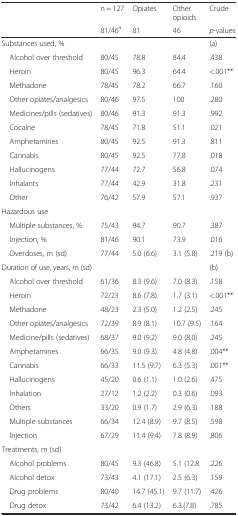
<table><thead><tr><td></td><td><b>n = 127</b></td><td><b>Opiates</b></td><td><b>Other opioids</b></td><td><b>Crude</b></td></tr><tr><td></td><td><b>81/46<sup>a</sup></b></td><td><b>81</b></td><td><b>46</b></td><td><b><i>p</i>-values</b></td></tr></thead><tbody><tr><td>Substances used, %</td><td></td><td></td><td></td><td>(a)</td></tr><tr><td> Alcohol over threshold</td><td>80/45</td><td>78.8</td><td>84.4</td><td>.438</td></tr><tr><td> Heroin</td><td>80/45</td><td>96.3</td><td>64.4</td><td>&lt;.001**</td></tr><tr><td> Methadone</td><td>78/45</td><td>78.2</td><td>66.7</td><td>.160</td></tr><tr><td> Other opiates/analgesics</td><td>80/46</td><td>97.5</td><td>100</td><td>.280</td></tr><tr><td> Medicines/pills (sedatives)</td><td>80/46</td><td>91.3</td><td>91.3</td><td>.992</td></tr><tr><td> Cocaine</td><td>78/45</td><td>71.8</td><td>51.1</td><td>.021</td></tr><tr><td> Amphetamines</td><td>80/45</td><td>92.5</td><td>91.3</td><td>.811</td></tr><tr><td> Cannabis</td><td>80/45</td><td>92.5</td><td>77.8</td><td>.018</td></tr><tr><td> Hallucinogens</td><td>77/44</td><td>72.7</td><td>56.8</td><td>.074</td></tr><tr><td> Inhalants</td><td>77/44</td><td>42.9</td><td>31.8</td><td>.231</td></tr><tr><td> Other</td><td>76/42</td><td>57.9</td><td>57.1</td><td>.937</td></tr><tr><td>Hazardous use</td><td></td><td></td><td></td><td></td></tr><tr><td> Multiple substances, %</td><td>75/43</td><td>94.7</td><td>90.7</td><td>.387</td></tr><tr><td> Injection, %</td><td>81/46</td><td>90.1</td><td>73.9</td><td>.016</td></tr><tr><td> Overdoses, m (sd)</td><td>77/44</td><td>5.0 (6.6)</td><td>3.1 (5.8)</td><td>.219 (b)</td></tr><tr><td>Duration of use, years, m (sd)</td><td></td><td></td><td></td><td>(b)</td></tr><tr><td> Alcohol over threshold</td><td>61/36</td><td>8.3 (9.6)</td><td>7.0 (8.3)</td><td>.158</td></tr><tr><td> Heroin</td><td>72/23</td><td>8.6 (7.8)</td><td>1.7 (3.1)</td><td>&lt;.001**</td></tr><tr><td> Methadone</td><td>48/23</td><td>2.3 (5.0)</td><td>1.2 (2.5)</td><td>.245</td></tr><tr><td> Other opiates/analgesics</td><td>72/39</td><td>8.9 (8.1)</td><td>10.7 (9.5)</td><td>.164</td></tr><tr><td> Medicine/pills (sedatives)</td><td>68/37</td><td>9.0 (9.2)</td><td>9.0 (8.0)</td><td>.245</td></tr><tr><td> Amphetamines</td><td>66/35</td><td>9.0 (9.3)</td><td>4.8 (4.8)</td><td>.004**</td></tr><tr><td> Cannabis</td><td>66/33</td><td>11.5 (9.7)</td><td>6.3 (5.3)</td><td>.001**</td></tr><tr><td> Hallucinogens</td><td>45/20</td><td>0.6 (1.1)</td><td>1.0 (2.6)</td><td>.475</td></tr><tr><td> Inhalation</td><td>27/12</td><td>1.2 (2.2)</td><td>0.3 (0.6)</td><td>.093</td></tr><tr><td> Others</td><td>33/20</td><td>0.9 (1.7)</td><td>2.9 (6.3)</td><td>.188</td></tr><tr><td> Multiple substances</td><td>66/34</td><td>12.4 (8.9)</td><td>9.7 (8.5)</td><td>.598</td></tr><tr><td> Injection</td><td>67/29</td><td>11.4 (9.4)</td><td>7.8 (8.9)</td><td>.806</td></tr><tr><td>Treatments, m (sd)</td><td></td><td></td><td></td><td></td></tr><tr><td> Alcohol problems</td><td>80/45</td><td>9.3 (46.8)</td><td>5.1 (12.8</td><td>.226</td></tr><tr><td> Alcohol detox</td><td>73/43</td><td>4.1 (17.1)</td><td>2.5 (6.3)</td><td>.159</td></tr><tr><td> Drug problems</td><td>80/40</td><td>14.7 (45.1)</td><td>9.7 (11.7)</td><td>.426</td></tr><tr><td> Drug detox</td><td>73/42</td><td>6.4 (13.2)</td><td>6.3.(7.8)</td><td>.785</td></tr></tbody></table>